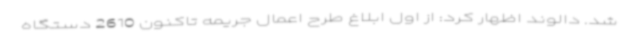
شد. دالوند اظهار کرد: از اول ابلاغ طرح اعمال جریمه تاکنون 2610 دستگاه